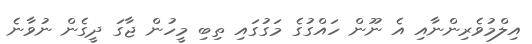
އިލްމުވެރިންނާއި އެ ނޫން ހައްގުގެ މަގުގައި ތިބި މީހުން ޖާގަ ދީގެން ނުވާނެ